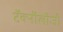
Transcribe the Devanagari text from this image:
टॅक्नॉलॉजी